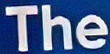
The